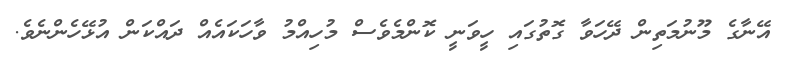
އޭނާގެ މޫނުމަތިން ދޭހަވާ ގޮތުގައި ހީވަނީ ކޮންމެވެސް މުހިއްމު ވާހަކައެއް ދައްކަން އުޅޭހެންނެވެ.